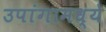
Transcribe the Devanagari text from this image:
उपांगामध्ये